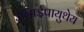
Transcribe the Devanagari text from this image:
अलाईपायुथेय